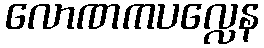
လောဏကပလ္လေန